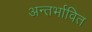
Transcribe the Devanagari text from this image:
अन्तर्भावित